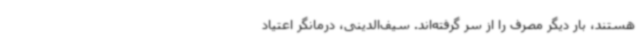
هستند، بار دیگر مصرف را از سر گرفته‌اند. سیف‌الدینی، درمانگر اعتیاد